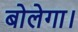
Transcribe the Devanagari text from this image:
बोलेगा।